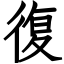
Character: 復